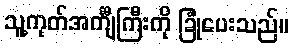
သူ့ကုတ်အင်္ကျီကြီးကို ခြုံပေးသည်။